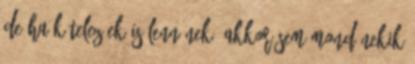
de ha kötelezőek is lennének, akkor sem mond nekik